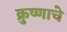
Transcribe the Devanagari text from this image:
क्रुष्णाचे